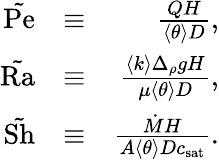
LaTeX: \begin{array}{rlr}{\tilde{\mathrm{Pe}}}&{\equiv}&{\frac{QH}{\left<\theta\right>D},}\\ {\tilde{\mathrm{Ra}}}&{\equiv}&{\frac{\left<k\right>\Delta_{\rho}gH}{\mu\left<\theta\right>D},}\\ {\tilde{\mathrm{Sh}}}&{\equiv}&{\frac{\dot{M}H}{A\left<\theta\right>Dc_{\mathrm{sat}}}.}\end{array}